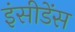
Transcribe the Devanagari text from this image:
इंसीडेंस